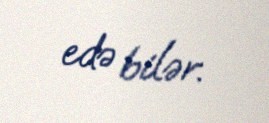
edə bilər.